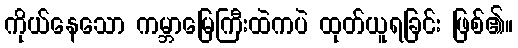
ကိုယ်နေသော ကမ္ဘာမြေကြီးထဲကပဲ ထုတ်ယူရခြင်း ဖြစ်၏။